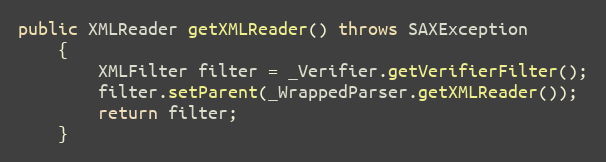
Language: Java
public XMLReader getXMLReader() throws SAXException
    {
        XMLFilter filter = _Verifier.getVerifierFilter();
        filter.setParent(_WrappedParser.getXMLReader());
        return filter;
    }